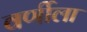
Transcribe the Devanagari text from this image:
वर्णीला